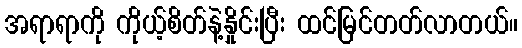
အရာရာကို ကိုယ့်စိတ်နဲ့နှိုင်းပြီး ထင်မြင်တတ်လာတယ်။